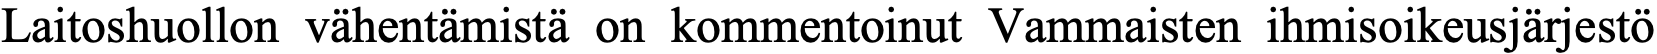
Laitoshuollon vähentämistä on kommentoinut Vammaisten ihmisoikeusjärjestö